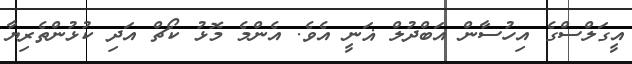
އީގަލްސްގެ އިހުސާން އަބްދުލް ޣަނީ އެވެ. އެންމެ މޮޅު ކޯޗް އަދި ކުޅުންތެރިޔާ